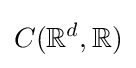
C(\mathbb {R} ^{d},\mathbb {R} )